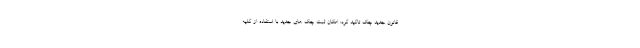
قانون جدید چک تاکید کرد: امکان ثبت چک های جدید با استفاده از کلیه